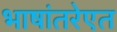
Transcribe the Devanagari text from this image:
भाषांतरेएत